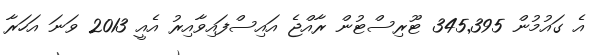
އެ ގައުމުން 345